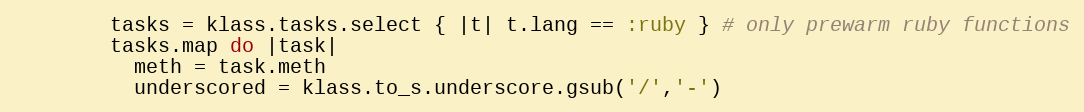
Language: Ruby
        tasks = klass.tasks.select { |t| t.lang == :ruby } # only prewarm ruby functions
        tasks.map do |task|
          meth = task.meth
          underscored = klass.to_s.underscore.gsub('/','-')